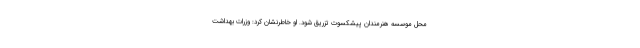
محل موسسه هنرمندان پیشکسوت تزریق شود. او خاطرنشان کرد: وزرات بهداشت